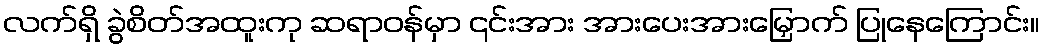
လက်ရှိ ခွဲစိတ်အထူးကု ဆရာဝန်မှာ ၎င်းအား အားပေးအားမြှောက် ပြုနေကြောင်း။